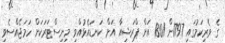
ގެ ވެރިކަމުގައި 1797ން 1801 އަށް ޕްރަޝިއާ އަށް ކަނޑައެޅުއްވި މިނިސްޓަރަކަށް ހަމަޖެއްސެވި